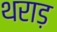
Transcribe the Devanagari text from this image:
थराड़